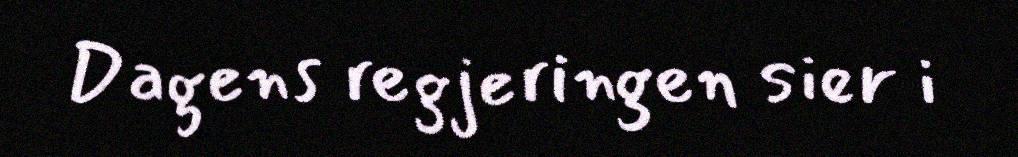
Dagens regjeringen sier i